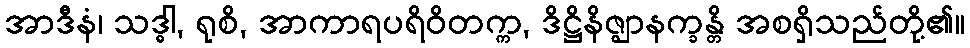
အာဒီနံ၊ သဒ္ဓါ, ရုစိ, အာကာရပရိဝိတက္က, ဒိဋ္ဌိနိဇ္ဈာနက္ခန္တိ အစရှိသည်တို့၏။